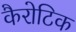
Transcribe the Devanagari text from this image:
कैरोटिक